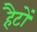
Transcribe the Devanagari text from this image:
हैटों